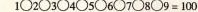
1○2○3〇4○5○6○7○8○9=100